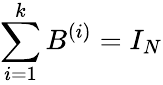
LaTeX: \sum_{i=1}^{k}B^{(i)}=I_{N}